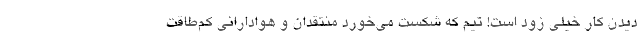
دیدن کار خیلی زود است! تیم که شکست می‌خورد منتقدان و هوادارانی کم‌طاقت